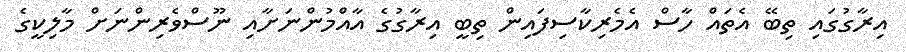
އިރާގުގައި ތިބޭ އެތައް ހާސް އެމެރިކާސިފައިން ތިބީ އިރާގުގެ އާއްމުންނަށާއި ނޫސްވެރިންނަށް މާލިކީގެ